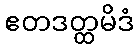
ဧတဒတ္ထမိဒံ